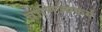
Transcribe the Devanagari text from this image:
वाणिज्यकर्म